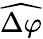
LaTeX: \widehat{\Delta\varphi}